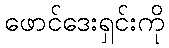
ဖောင်ဒေးရှင်းကို